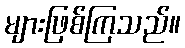
များဖြစ်ကြသည်။